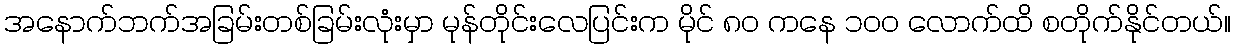
အနောက်ဘက်အခြမ်းတစ်ခြမ်းလုံးမှာ မုန်တိုင်းလေပြင်းက မိုင် ၈၀ ကနေ ၁၀၀ လောက်ထိ စတိုက်နိုင်တယ်။